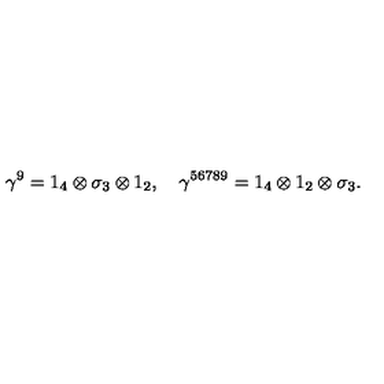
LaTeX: \gamma ^ { 9 } = 1 _ { 4 } \otimes \sigma _ { 3 } \otimes 1 _ { 2 } , \quad \gamma ^ { 5 6 7 8 9 } = 1 _ { 4 } \otimes 1 _ { 2 } \otimes \sigma _ { 3 } .